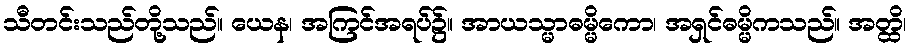
သီတင်းသည်တို့သည်။ ယေန၊ အကြင်အရပ်၌။ အာယသ္မာဓမ္မိကော၊ အရှင်ဓမ္မိကသည်။ အတ္ထိ၊